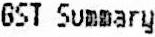
GST SUMMARY